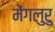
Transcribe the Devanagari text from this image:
मेंगलुरु